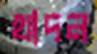
খাদন